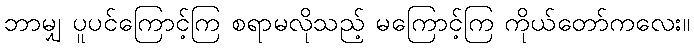
ဘာမျှ ပူပင်ကြောင့်ကြ စရာမလိုသည့် မကြောင့်ကြ ကိုယ်တော်ကလေး။